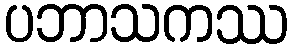
ပဘာသကဿ